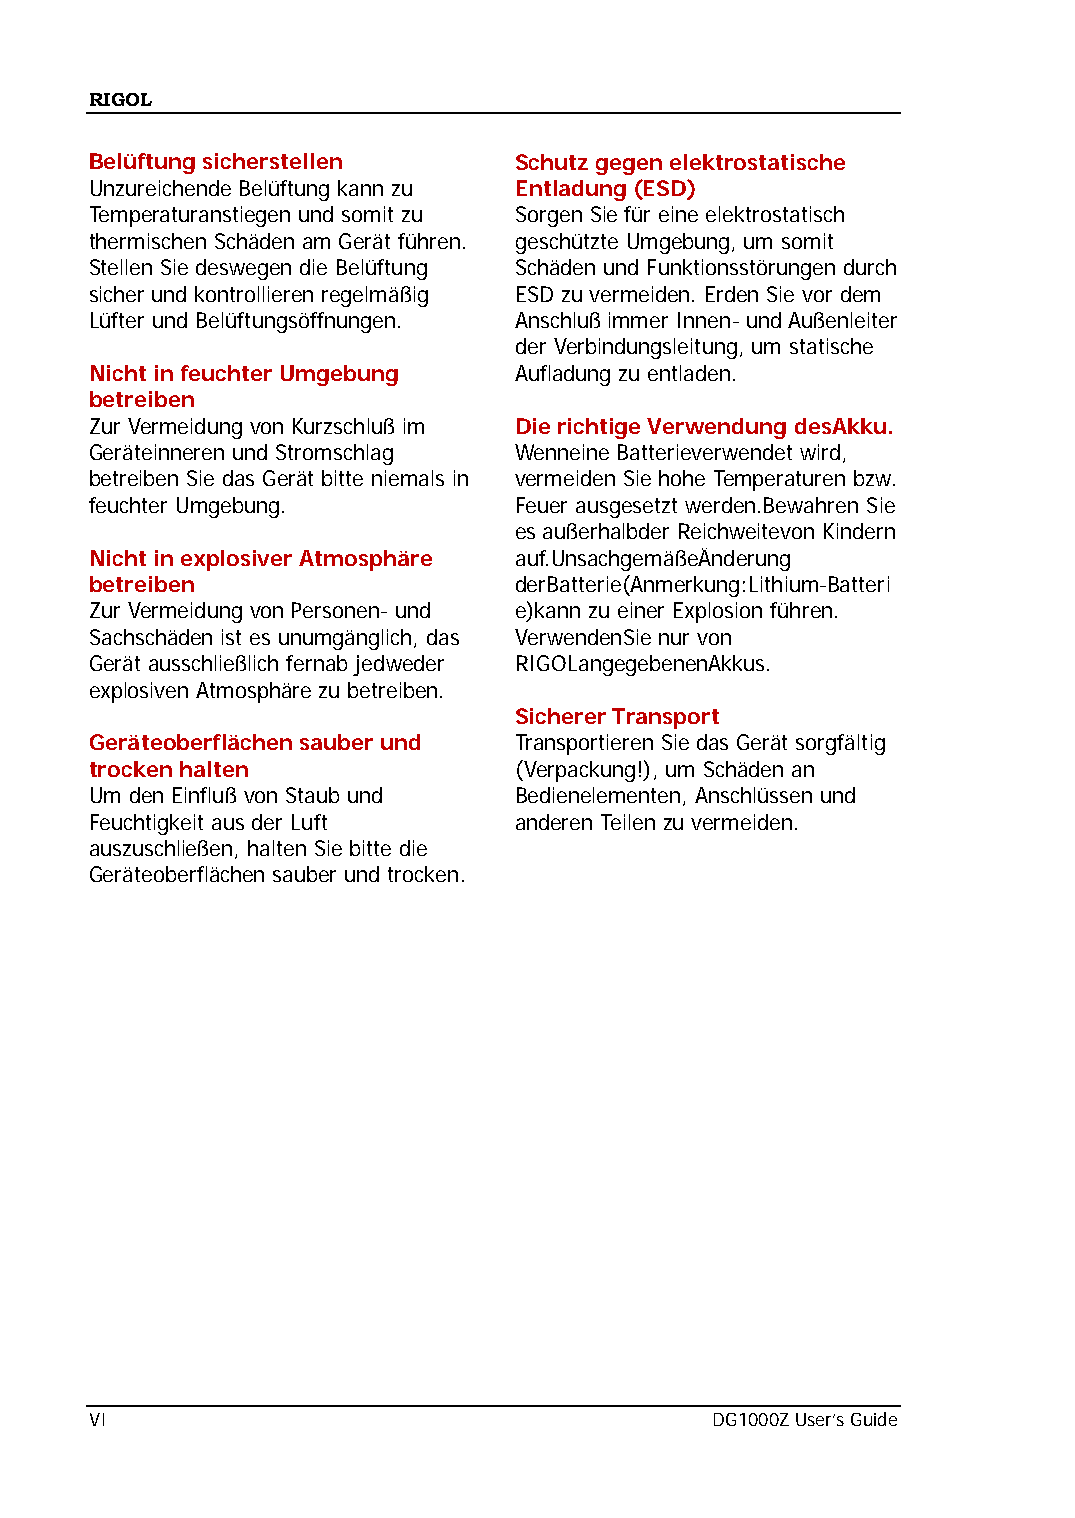
RIGOL
 Belüftung sicherstellen     Schutz gegen elektrostatische
 Unzureichende Belüftung kann zu Entladung (ESD)
 Temperaturanstiegen und somit zu Sorgen Sie für eine elektrostatisch
 thermischen Schäden am Gerät führen. geschützte Umgebung, um somit
 Stellen Sie deswegen die Belüftung Schäden und Funktionsstörungen durch
 sicher und kontrollieren regelmäßig ESD zu vermeiden. Erden Sie vor dem
 Lüfter und Belüftungsöffnungen. Anschluß immer Innen- und Außenleiter
 der Verbindungsleitung, um statische
 Nicht in feuchter Umgebung  Aufladung zu entladen.
 betreiben
 Zur Vermeidung von Kurzschluß im Die richtige Verwendung desAkku.
 Geräteinneren und Stromschlag Wenneine Batterieverwendet wird,
 betreiben Sie das Gerät bitte niemals in vermeiden Sie hohe Temperaturen bzw.
 feuchter Umgebung.          Feuer ausgesetzt werden.Bewahren Sie
 es außerhalbder Reichweitevon Kindern
 Nicht in explosiver Atmosphäre auf.UnsachgemäßeÄnderung
 betreiben                   derBatterie(Anmerkung:Lithium-Batteri
 Zur Vermeidung von Personen- und e)kann zu einer Explosion führen.
 Sachschäden ist es unumgänglich, das VerwendenSie nur von
 Gerät ausschließlich fernab jedweder RIGOLangegebenenAkkus.
 explosiven Atmosphäre zu betreiben.
 Sicherer Transport
 Geräteoberflächen sauber und Transportieren Sie das Gerät sorgfältig
 trocken halten              (Verpackung!), um Schäden an
 Um den Einfluß von Staub und Bedienelementen, Anschlüssen und
 Feuchtigkeit aus der Luft   anderen Teilen zu vermeiden.
 auszuschließen, halten Sie bitte die
 Geräteoberflächen sauber und trocken.
 VI                                       DG1000Z User’s Guide